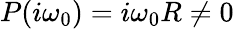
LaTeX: P(i\omega_{0})=i\omega_{0}R\neq 0